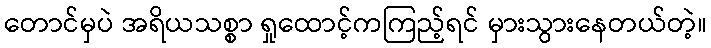
တောင်မှပဲ အရိယသစ္စာ ရှုထောင့်ကကြည့်ရင် မှားသွားနေတယ်တဲ့။